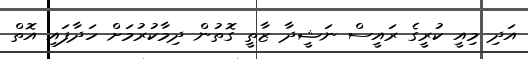
އަދި މިއީ ކުރީގެ ރައީސް ނަޝީދާ ޒާތީ ގޮތުން ދިމާކުރުމަށް ހަދާފައި އޮތް